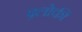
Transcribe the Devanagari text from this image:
फ़्लोकी